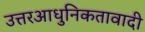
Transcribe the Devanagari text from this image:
उत्तरआधुनिकतावादी